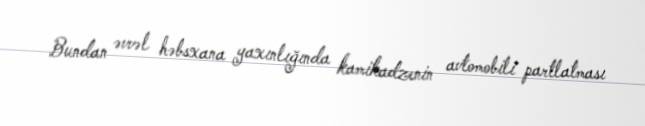
Bundan əvvəl həbsxana yaxınlığında kamikadzenin avtomobili partlatması